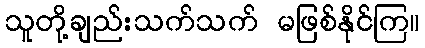
သူတို့ချည်းသက်သက် မဖြစ်နိုင်ကြ။